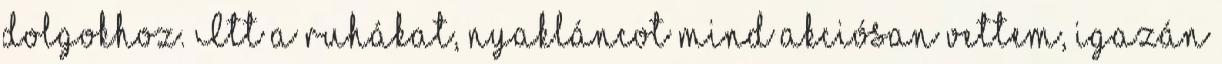
dolgokhoz. Itt a ruhákat, nyakláncot mind akciósan vettem, igazán